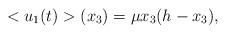
\begin{align*}<u_1(t)>(x_3)=\mu x_3(h-x_3),\end{align*}